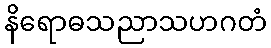
နိရောဓသညာသဟဂတံ